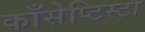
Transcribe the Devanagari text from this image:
काँसेप्टिस्टा